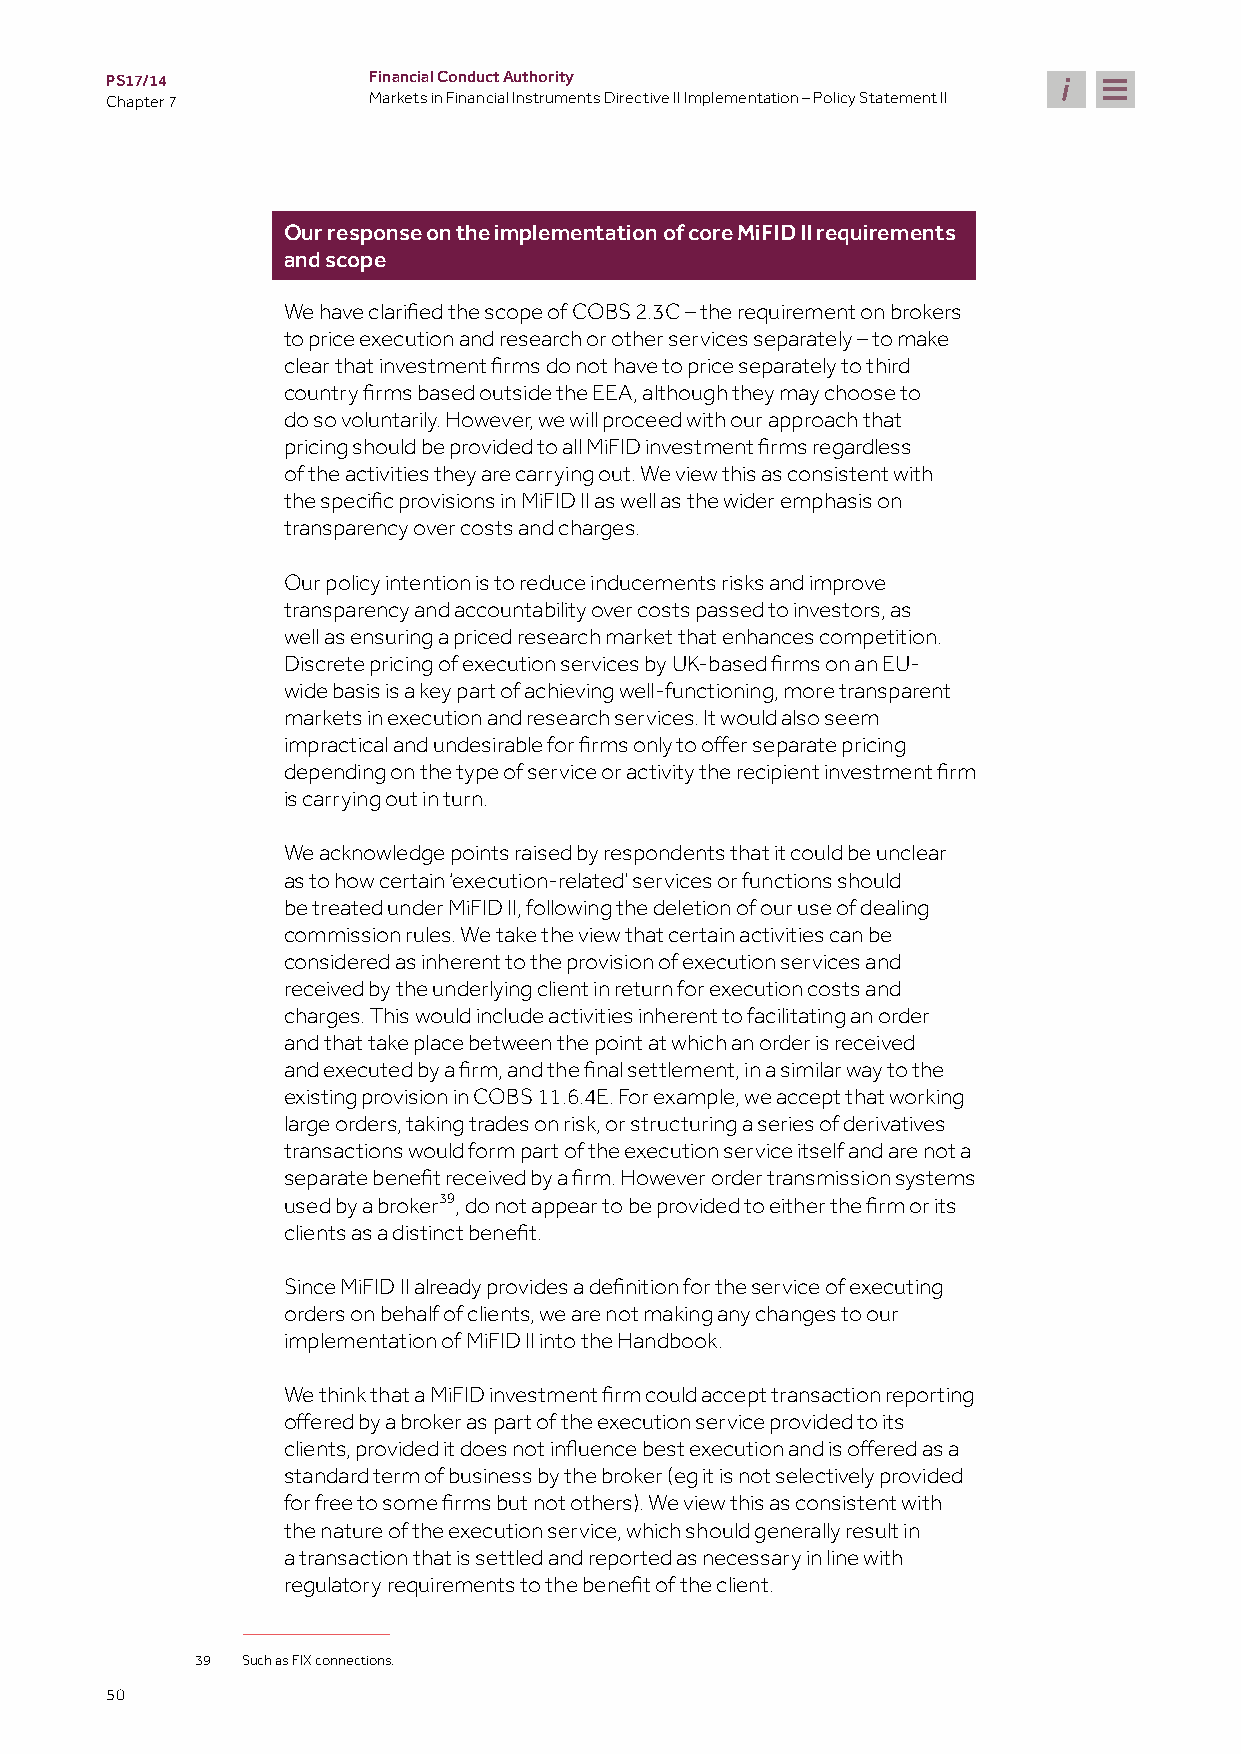
PS17/14          Financial Conduct Authority
 Chapter 7        Markets in Financial Instruments Directive II Implementation – Policy Statement II
 Our response on the implementation of core MiFID II requirements
 and scope
 We have clarified the scope of COBS 2.3C – the requirement on brokers
 to price execution and research or other services separately – to make
 clear that investment firms do not have to price separately to third
 country firms based outside the EEA, although they may choose to
 do so voluntarily. However, we will proceed with our approach that
 pricing should be provided to all MiFID investment firms regardless
 of the activities they are carrying out. We view this as consistent with
 the specific provisions in MiFID II as well as the wider emphasis on
 transparency over costs and charges.
 Our policy intention is to reduce inducements risks and improve
 transparency and accountability over costs passed to investors, as
 well as ensuring a priced research market that enhances competition.
 Discrete pricing of execution services by UK-based firms on an EU-
 wide basis is a key part of achieving well-functioning, more transparent
 markets in execution and research services. It would also seem
 impractical and undesirable for firms only to offer separate pricing
 depending on the type of service or activity the recipient investment firm
 is carrying out in turn.
 We acknowledge points raised by respondents that it could be unclear
 as to how certain ‘execution-related’ services or functions should
 be treated under MiFID II, following the deletion of our use of dealing
 commission rules. We take the view that certain activities can be
 considered as inherent to the provision of execution services and
 received by the underlying client in return for execution costs and
 charges. This would include activities inherent to facilitating an order
 and that take place between the point at which an order is received
 and executed by a firm, and the final settlement, in a similar way to the
 existing provision in COBS 11.6.4E. For example, we accept that working
 large orders, taking trades on risk, or structuring a series of derivatives
 transactions would form part of the execution service itself and are not a
 separate benefit received by a firm. However order transmission systems
 used by a broker39
 , do not appear to be provided to either the firm or its
 clients as a distinct benefit.
 Since MiFID II already provides a definition for the service of executing
 orders on behalf of clients, we are not making any changes to our
 implementation of MiFID II into the Handbook.
 We think that a MiFID investment firm could accept transaction reporting
 offered by a broker as part of the execution service provided to its
 clients, provided it does not influence best execution and is offered as a
 standard term of business by the broker (eg it is not selectively provided
 for free to some firms but not others). We view this as consistent with
 the nature of the execution service, which should generally result in
 a transaction that is settled and reported as necessary in line with
 regulatory requirements to the benefit of the client.
 39 Such as FIX connections.
 50